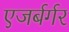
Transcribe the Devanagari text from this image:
एजर्बर्गर